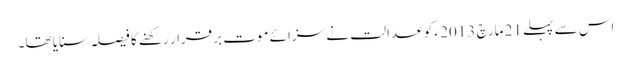
اس سے پہلے 21 مارچ 2013 ء کو عدالت نے سزائے موت برقرار رکھنے کا فیصلہ سنایا تھا۔